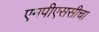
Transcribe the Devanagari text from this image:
एमपीएससीचा